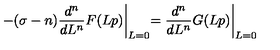
- ( \sigma - n ) \frac { d ^ { n } } { d L ^ { n } } F ( L p ) \biggl \vert _ { L = 0 } = \frac { d ^ { n } } { d L ^ { n } } G ( L p ) \biggl \vert _ { L = 0 }